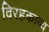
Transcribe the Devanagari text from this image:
विरहकाव्य